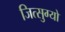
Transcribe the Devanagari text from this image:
जित्सुग्यो